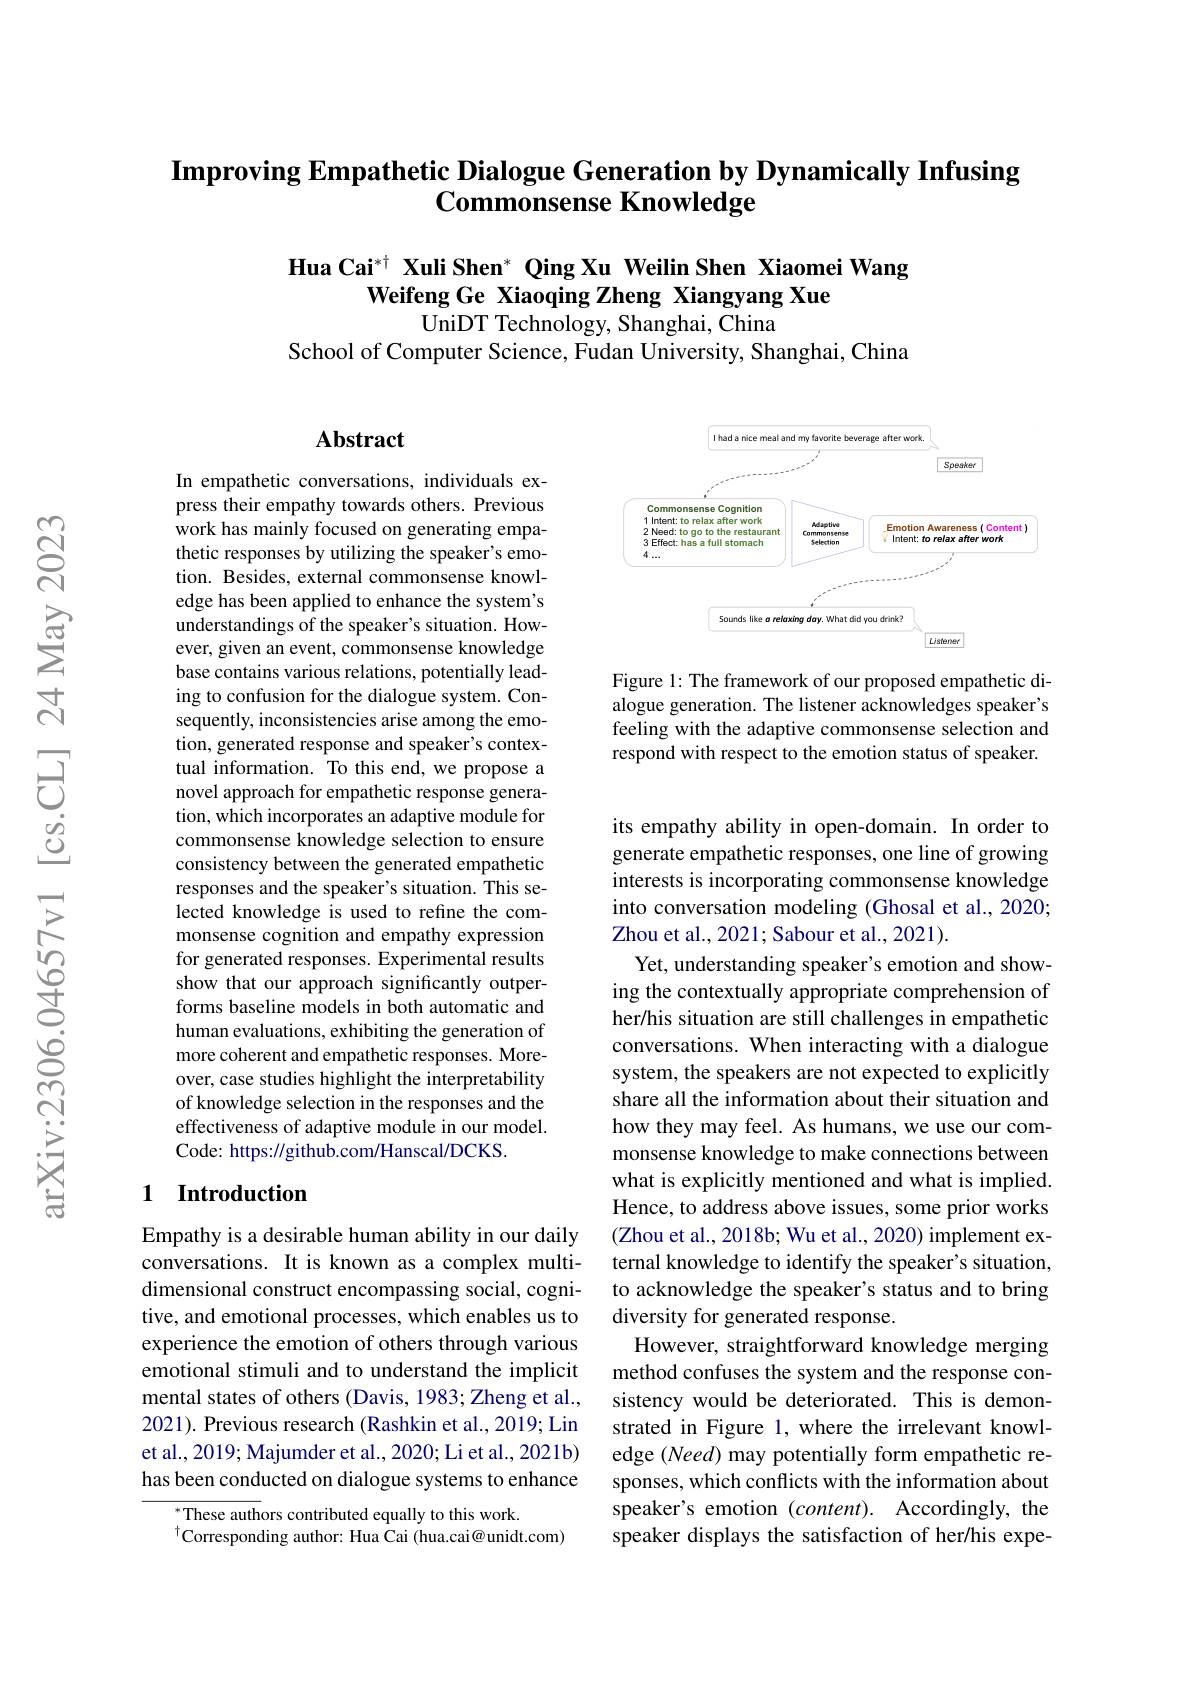
Improving Empathetic Dialogue Generation by Dynamically Infusing
$\textbf{Commonsense Knowledge}$

Hua Cai$^{*\dagger}$ Xuli Shen* Qing Xu Weilin Shen Xiaomei Wang
Weifeng Ge Xiaoqing Zheng Xiangyang Xue
UniDT Technology, Shanghai, China

School of Computer Science, Fudan University, Shanghai, China

## $\mathbf{Abstract}$

<FigureHere>

Figure 1: The framework of our proposed empathetic dialogue generation. The listener acknowledges speaker's feeling with the adaptive commonsense selection and respond with respect to the emotion status of speaker.

In empathetic conversations, individuals express their empathy towards others. Previous work has mainly focused on generating empathetic responses by utilizing the speaker's emotion. Besides, external commonsense knowledge has been applied to enhance the system's understandings of the speaker's situation. However, given an event, commonsense knowledge base contains various relations, potentially leading to confusion for the dialogue system. Consequently, inconsistencies arise among the emotion, generated response and speaker's contextual information. To this end, we propose a novel approach for empathetic response generation, which incorporates an adaptive module for commonsense knowledge selection to ensure consistency between the generated empathetic responses and the speaker's situation. This selected knowledge is used to refine the commonsense cognition and empathy expression for generated responses. Experimental results show that our approach significantly outperforms baseline models in both automatic and human evaluations, exhibiting the generation of more coherent and empathetic responses. Moreover, case studies highlight the interpretability of knowledge selection in the responses and the effectiveness of adaptive module in our model. Code: https://github.com/Hanscal/DCKS.

its empathy ability in open-domain. In order to generate empathetic responses, one line of growing interests is incorporating commonsense knowledge into conversation modeling (Ghosal et al., 2020; Zhou et al., 2021; Sabour et al., 2021).
Yet, understanding speaker's emotion and showing the contextually appropriate comprehension of her/his situation are still challenges in empathetic conversations. When interacting with a dialogue system, the speakers are not expected to explicitly share all the information about their situation and how they may feel. As humans, we use our commonsense knowledge to make connections between what is explicitly mentioned and what is implied. Hence, to address above issues, some prior works (Zhou et al., 2018b; Wu et al., 2020) implement external knowledge to identify the speaker's situation, to acknowledge the speaker's status and to bring diversity for generated response.
However, straightforward knowledge merging method confuses the system and the response consistency would be deteriorated. This is demonstrated in Figure l,where the irrelevant knowledge (Need) may potentially form empathetic responses, which conflicts with the information about speaker's emotion (content). Accordingly, the speaker displays the satisfaction of her/his expe-

### 1 Introduction

Empathy is a desirable human ability in our daily conversations. It is known as a complex multidimensional construct encompassing social, cognitive, and emotional processes, which enables us to experience the emotion of others through various emotional stimuli and to understand the implicit mental states of others (Davis, 1983; Zheng et al., 2021). Previous research (Rashkin et al., 2019; Lin et al., 2019; Majumder et al., 2020; Li et al., 2021b) has been conducted on dialogue systems to enhance

$^*$These authors contributed equally to this work.
$^{\dagger}$Corresponding author: Hua Cai (hua.cai@unidt.com)